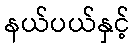
နယ်ပယ်နှင့်